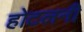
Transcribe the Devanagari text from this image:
होटलनी